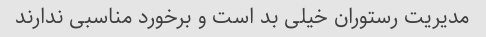
مدیریت رستوران خیلی بد است و برخورد مناسبی ندارند